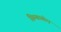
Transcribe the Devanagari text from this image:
सिम्बाबोए